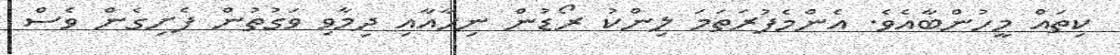
ކިތައް މީހުންބާއެވެ. އެންމެފުރަތަމަ ލިންކު ރޯޑުން ނިހާއާއި ދިމާވި ވަގުތުން ފެށިގެން ވެސް